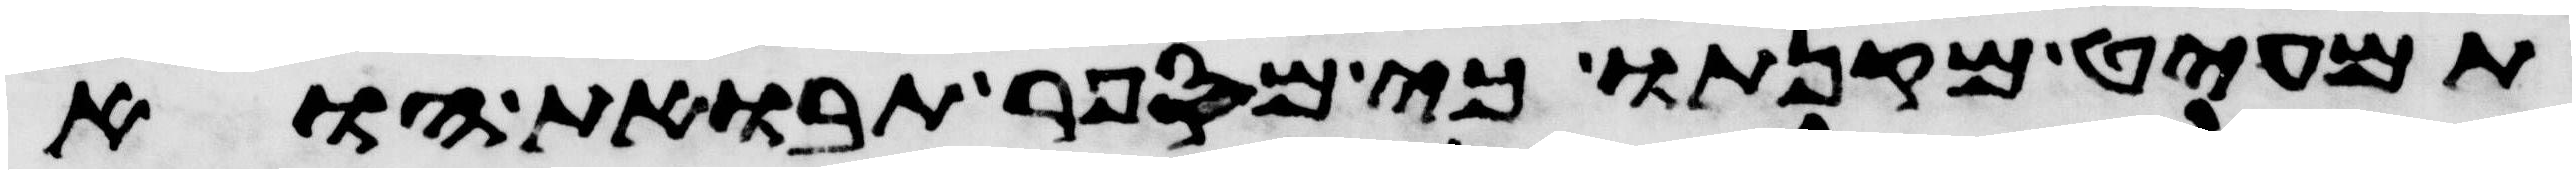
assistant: תמעיט מקנתו כי מספר תבואת הוא